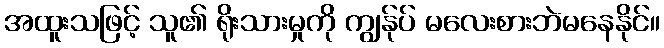
အထူးသဖြင့် သူ၏ ရိုးသားမှုကို ကျွန်ုပ် မလေးစားဘဲမနေနိုင်။